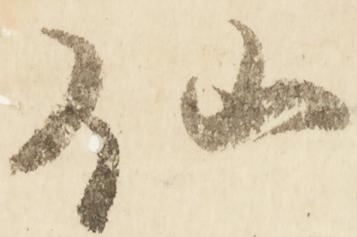
仙